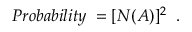
P r o b a b i l i t y \; = [ N ( { \cal A } ) ] ^ { 2 } \; \; .